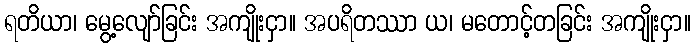
ရတိယာ၊ မွေ့လျော်ခြင်း အကျိုးငှာ။ အပရိတဿာ ယ၊ မတောင့်တခြင်း အကျိုးငှာ။